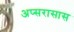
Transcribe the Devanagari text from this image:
अप्सरासास